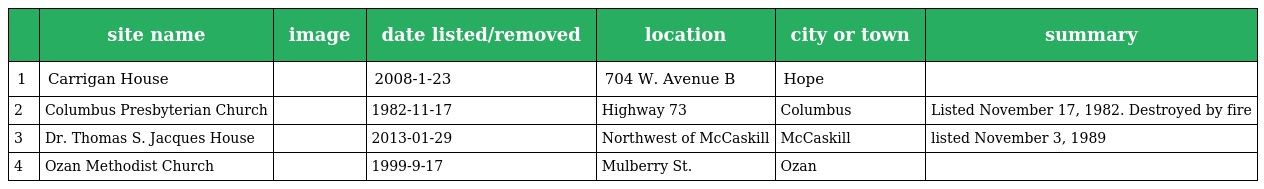
|  | site name | image | date listed/removed | location | city or town | summary |
 | --- | --- | --- | --- | --- | --- | --- |
 | 1 | Carrigan House |  | 2008-1-23 | 704 W. Avenue B | Hope |  |
 | 2 | Columbus Presbyterian Church |  | 1982-11-17 | Highway 73 | Columbus | Listed November 17, 1982. Destroyed by fire |
 | 3 | Dr. Thomas S. Jacques House |  | 2013-01-29 | Northwest of McCaskill | McCaskill | listed November 3, 1989 |
 | 4 | Ozan Methodist Church |  | 1999-9-17 | Mulberry St. | Ozan |  |